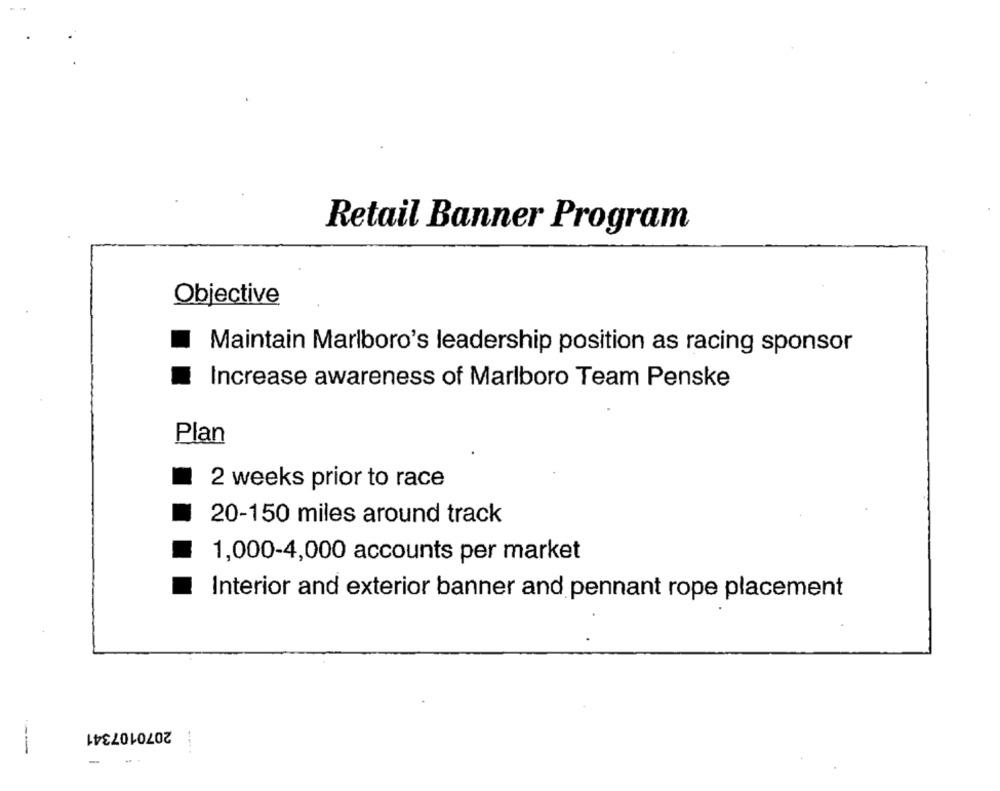
Retail Banner Program
Objective
Maintain Marlboro's leadership position as racing sponsor
Increase awareness of Marlboro Team Penske
Plan
2 weeks prior to race
20-150 miles around track
1,000-4,000 accounts per market
Interior and exterior banner and pennant rope placement
2070107341
-